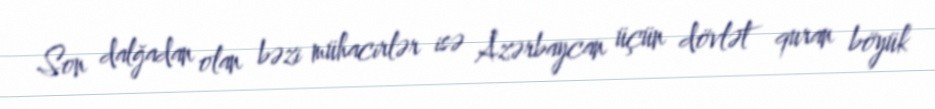
Son dalğadan olan bəzi mühacirlər isə Azərbaycan üçün dövlət quran böyük